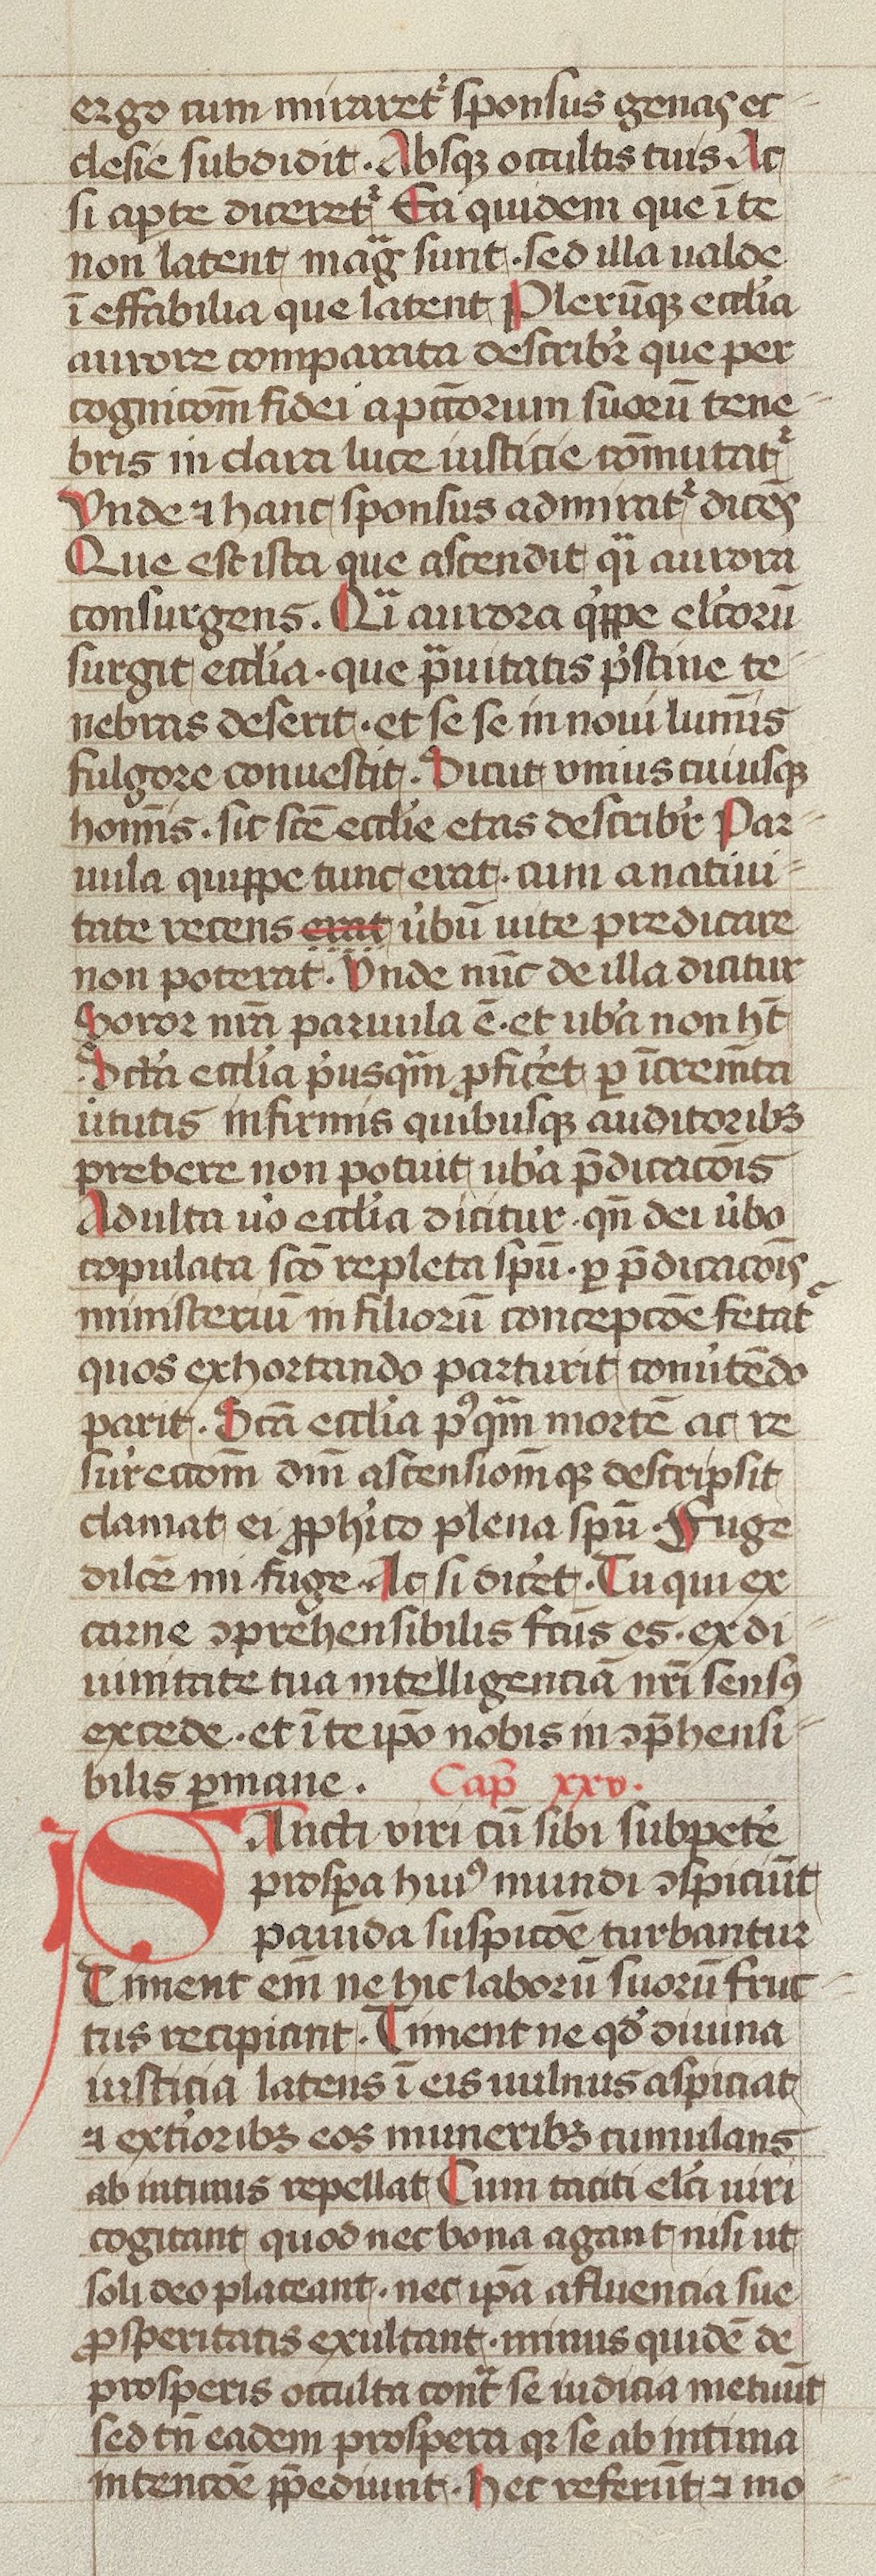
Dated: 1400–1499